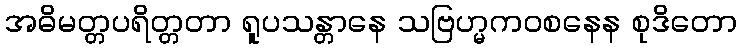
အဓိမတ္တပရိတ္တတာ ရူပသန္တာနေ သဗြဟ္မကဝစနေန စုဒိတော